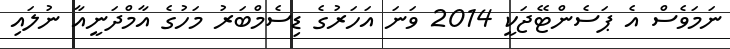
ނަމަވެސް އެ ޕަސެންޓޭޖަކީ 2014 ވަނަ އަހަރުގެ ޑިސެމްބަރު މަހުގެ އާމްދަނީއާ ނުލައި